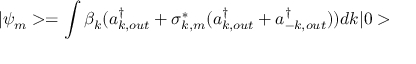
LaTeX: | \psi _ { m } > = \int \beta _ { k } ( a _ { k , o u t } ^ { \dagger } + \sigma _ { k , m } ^ { * } ( a _ { k , o u t } ^ { \dagger } + a _ { - k , o u t } ^ { \dagger } ) ) d k | 0 >